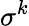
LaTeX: \sigma^{k}